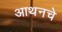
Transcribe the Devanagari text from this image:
आथनचे